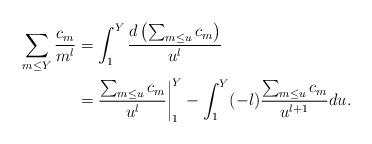
LaTeX: \begin{align*}\sum_{m \leq Y} \frac{c_m}{m^l} &= \int_1^Y \frac{d \left( \sum_{m \leq u} c_m \right) }{u^l} \\&= \frac{ \sum_{m \leq u} c_m }{u^l} \bigg|_1^Y - \int_1^Y (-l) \frac{ \sum_{m \leq u} c_m }{u^{l+1}} du. \\\end{align*}